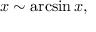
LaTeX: x \sim \arcsin x ,